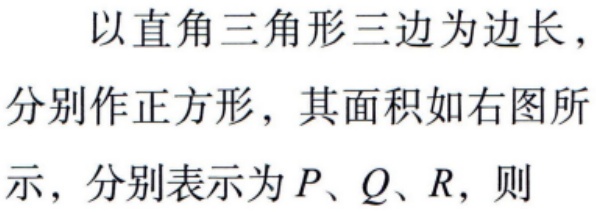
以直角三角形三边为边长，
分别作正方形，其面积如右图所
示，分别表示为\(P\)、\(Q\)、\(R\)，则